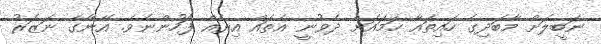
ނަބީލަށް މާބަދިގެ ހައިތައާ ހަމައަށް ދެވުނީ އެތައް އިރެއް ފަހުންނެވެ. އޭނާގެ ނަޒަރު